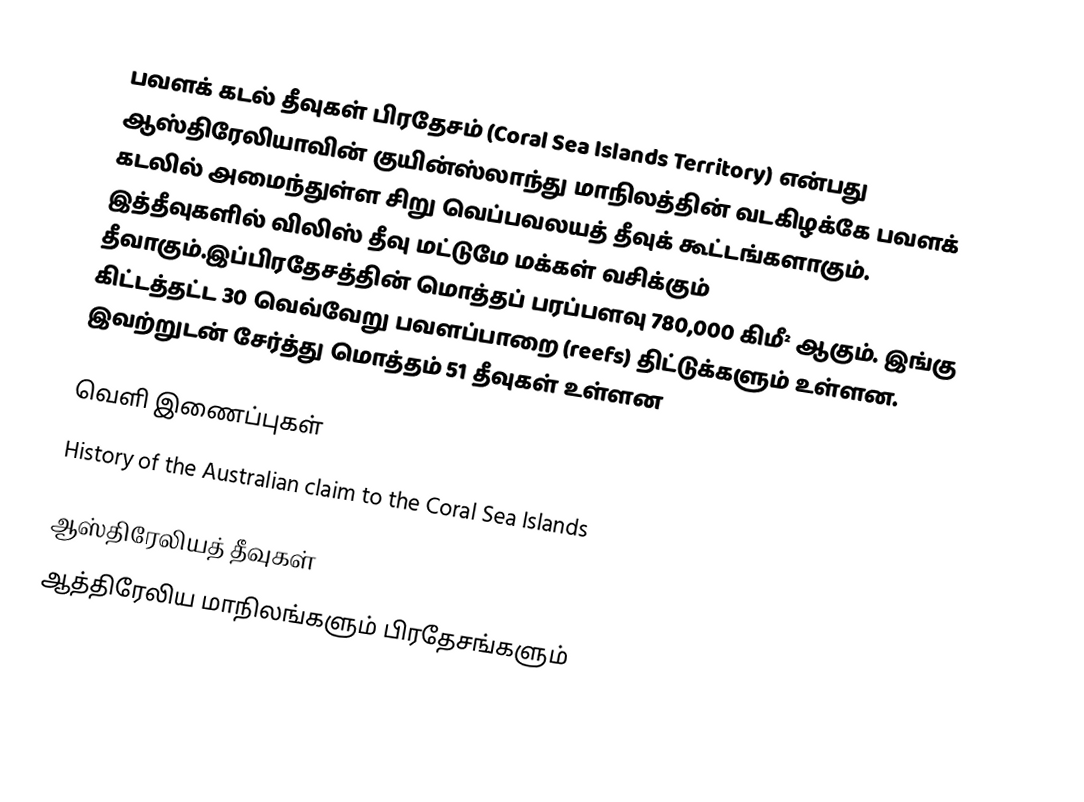
பவளக் கடல் தீவுகள் பிரதேசம் (Coral Sea Islands Territory) என்பது ஆஸ்திரேலியாவின் குயின்ஸ்லாந்து மாநிலத்தின் வடகிழக்கே பவளக் கடலில் அமைந்துள்ள சிறு வெப்பவலயத் தீவுக் கூட்டங்களாகும். இத்தீவுகளில் விலிஸ் தீவு மட்டுமே மக்கள் வசிக்கும் தீவாகும்.இப்பிரதேசத்தின் மொத்தப் பரப்பளவு 780,000 கிமீ² ஆகும். இங்கு கிட்டத்தட்ட 30 வெவ்வேறு பவளப்பாறை (reefs) திட்டுக்களும் உள்ளன. இவற்றுடன் சேர்த்து மொத்தம் 51 தீவுகள் உள்ளன

வெளி இணைப்புகள்
 History of the Australian claim to the Coral Sea Islands

ஆஸ்திரேலியத் தீவுகள்
ஆத்திரேலிய மாநிலங்களும் பிரதேசங்களும்